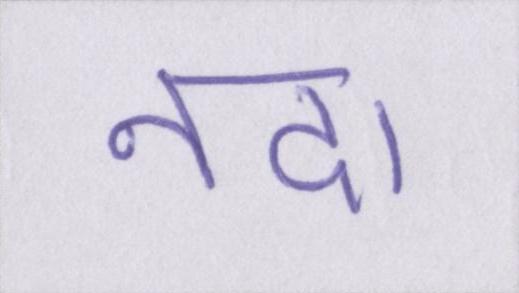
नदा